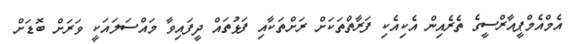
އެމްއެމްޕީއާރްސީގެ ތެރެއިން އެކިއެކި ފަރާތްތަކަށް ރަށްތަކާއި ފަޅުތައް ދީފައިވާ މައްސަލައަކީ ވަރަށް ބޮޑަށް